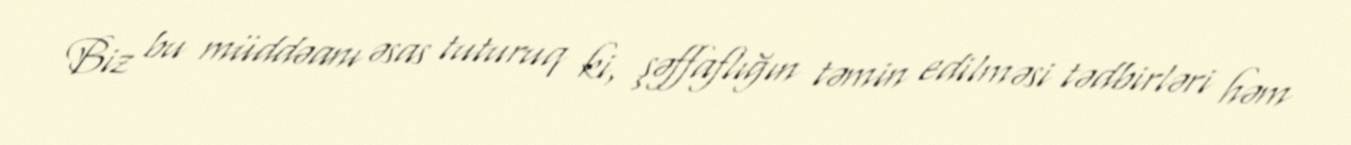
Biz bu müddəanı əsas tuturuq ki, şəffaflığın təmin edilməsi tədbirləri həm